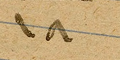
١٨